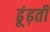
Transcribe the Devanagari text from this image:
ढूंढ़ती